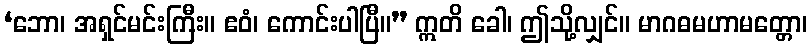
‘ဘော၊ အရှင်မင်းကြီး။ ဧဝံ၊ ကောင်းပါပြီ။” ဣတိ ခေါ၊ ဤသို့လျှင်။ မာဂဓမဟာမတ္တော၊